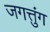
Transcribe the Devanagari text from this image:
जगत्तुंग